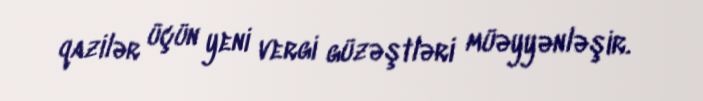
qazilər üçün yeni vergi güzəştləri müəyyənləşir.